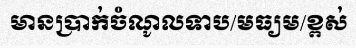
មានប្រាក់ចំណូលទាប/មធ្យម/ខ្ពស់